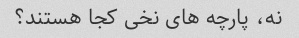
نه، پارچه های نخی کجا هستند؟